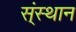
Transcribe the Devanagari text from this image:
स्ंस्थान